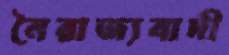
নৈরাজ্যবাদী